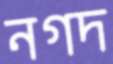
নগদ